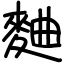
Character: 麯